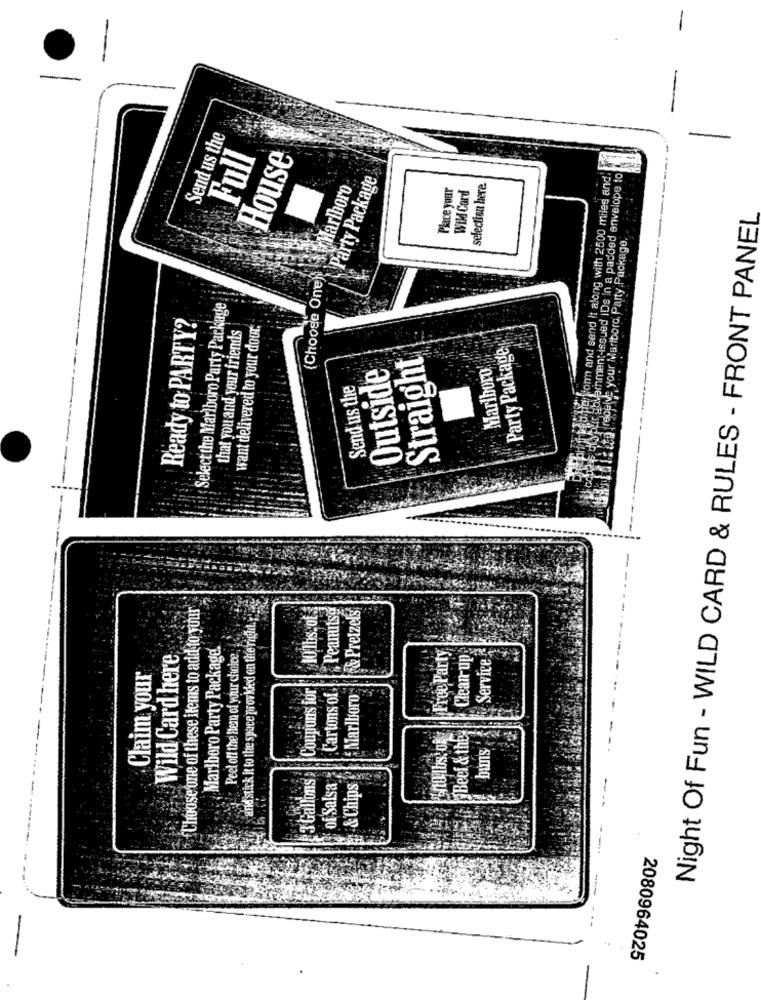
Send us the
Full
House
to bia form and send it along with 2500 miles and
par ablainment-issued iDs In a padded envelope to
{Choose One)\ \\ Marlboro
Party Package
Place your
Wild Card
selection here.
Night Of Fun - WILD CARD & RULES - FRONT PANEL
receive your Marlboro, Party,Package
Selectthe Marlboro Party Package
Ready to PARTY?
that you and your friends
want delivered to your door.
Party Package
Straight
Outside
Marlboro
Send us the
Choose one of these items to add to your
and stick it to the space provided on the right.
Peanutsy
& Pretzels
10lbs. of.
Marlboro Party Package.
Free Party
Wild Card here
Peel off the Hem of your choice
Clean-up
Service
Claim your
Coupons for
Cartons of
Marlboro
Beef & they
:0 1bs:05
buns
3 Gallons
of Salsa
& Chips
2080964025